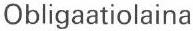
Obligaatiolaina